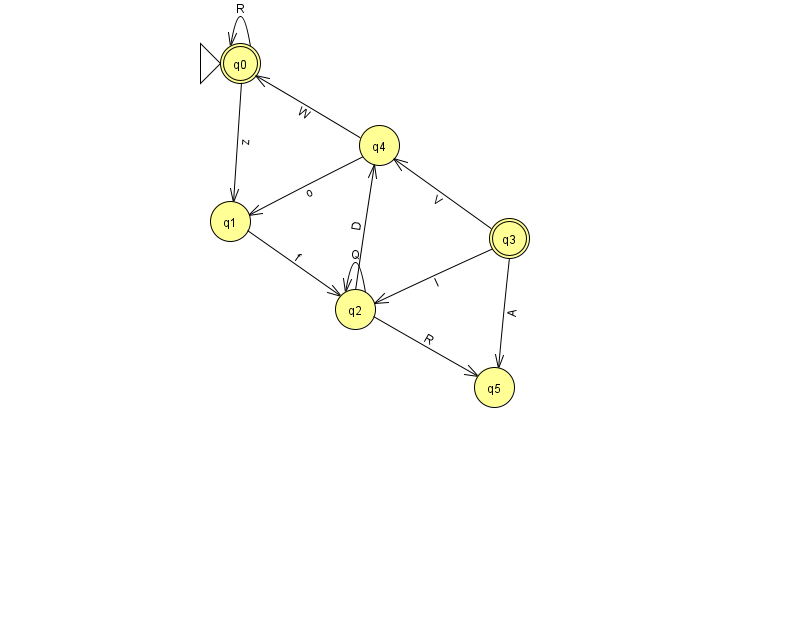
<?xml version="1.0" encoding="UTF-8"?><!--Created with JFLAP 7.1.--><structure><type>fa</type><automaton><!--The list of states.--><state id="0" name="q0"><x>240.0</x><y>50.0</y><initial/><final/></state><state id="1" name="q1"><x>230.0</x><y>208.0</y></state><state id="2" name="q2"><x>355.0</x><y>296.0</y></state><state id="3" name="q3"><x>509.0</x><y>225.0</y><final/></state><state id="4" name="q4"><x>379.0</x><y>132.0</y></state><state id="5" name="q5"><x>494.0</x><y>374.0</y></state><!--The list of transitions.--><transition><from>2</from><to>2</to><read>Q</read></transition><transition><from>0</from><to>0</to><read>R</read></transition><transition><from>0</from><to>1</to><read>z</read></transition><transition><from>3</from><to>2</to><read>I</read></transition><transition><from>4</from><to>0</to><read>W</read></transition><transition><from>4</from><to>1</to><read>o</read></transition><transition><from>2</from><to>5</to><read>R</read></transition><transition><from>3</from><to>4</to><read>V</read></transition><transition><from>1</from><to>2</to><read>f</read></transition><transition><from>3</from><to>5</to><read>A</read></transition><transition><from>2</from><to>4</to><read>D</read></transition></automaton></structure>